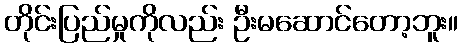
တိုင်းပြည်မှုကိုလည်း ဦးမဆောင်တော့ဘူး။